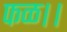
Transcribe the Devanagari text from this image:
फळ।।